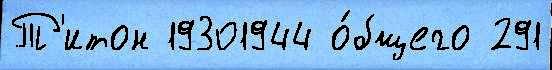
Т'итон 19301944 о́бщего 291